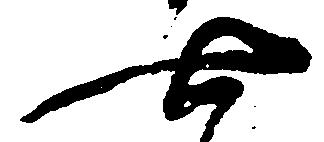
七